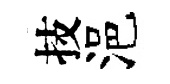
技浥